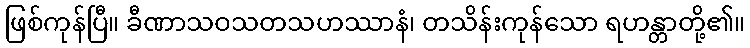
ဖြစ်ကုန်ပြီ။ ခီဏာသဝသတသဟဿာနံ၊ တသိန်းကုန်သော ရဟန္တာတို့၏။